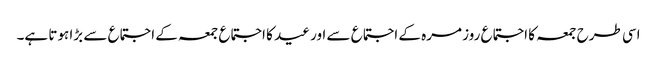
اسی طرح جمعہ کا اجتماع روز مرہ کے اجتماع سے اور عید کا اجتماع جمعہ کے اجتماع سے بڑا ہوتا ہے۔